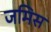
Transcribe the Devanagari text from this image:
जमिस